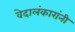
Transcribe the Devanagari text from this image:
वेदालंकारांनी